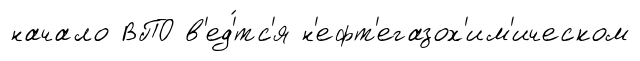
начало ВПО в'ед'́тс'я н'ефт'егазох'им'ическом